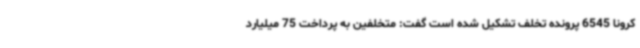
کرونا 6545 پرونده تخلف تشکیل شده است گفت: متخلفین به پرداخت 75 میلیارد